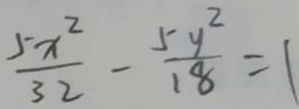
\frac { 5 x ^ { 2 } } { 3 2 } - \frac { 5 y ^ { 2 } } { 1 8 } = 1